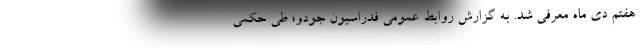
هفتم دی ماه معرفی شد. به گزارش روابط عمومی فدراسیون جودو؛ طی حکمی